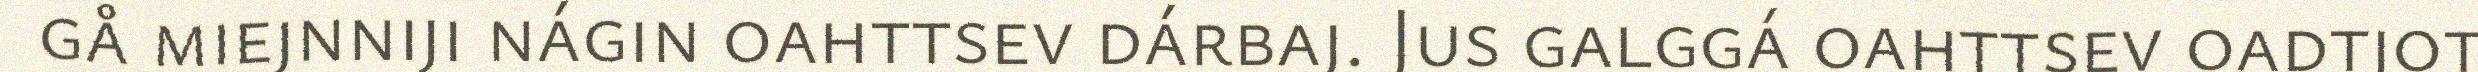
gå miejnniji nágin oahttsev dárbaj. Jus galggá oahttsev oadtjot